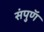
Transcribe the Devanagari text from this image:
संपुणॅ